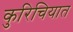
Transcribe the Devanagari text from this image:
कुरिचियात